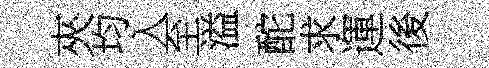
夾均入至溢酡求運後